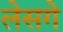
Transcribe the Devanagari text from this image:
लेसगे